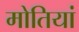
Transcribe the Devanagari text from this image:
मोतियां